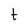
Character: t